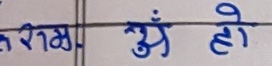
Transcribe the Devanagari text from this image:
करिम अँ हो